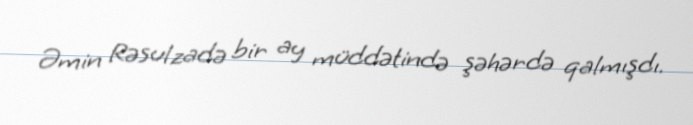
Əmin Rəsulzadə bir ay müddətində şəhərdə qalmışdı.